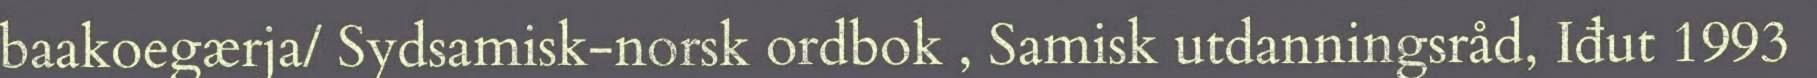
baakoegærja/ Sydsamisk-norsk ordbok , Samisk utdanningsråd, Iđut 1993